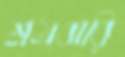
শ্রমবারি